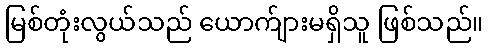
မြစ်တုံးလွယ်သည် ယောက်ျားမရှိသူ ဖြစ်သည်။